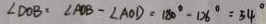
\angle D O B = \angle A O B - \angle A O D = 1 8 0 ^ { \circ } - 1 2 6 ^ { \circ } = 5 4 ^ { \circ }